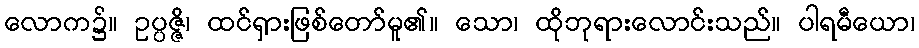
လောက၌။ ဥပ္ပဇ္ဇိ၊ ထင်ရှားဖြစ်တော်မူ၏။ သော၊ ထိုဘုရားလောင်းသည်။ ပါရမီယော၊